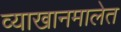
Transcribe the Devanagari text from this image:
व्याखानमालेत